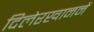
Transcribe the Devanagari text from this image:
दिलेरखाननें